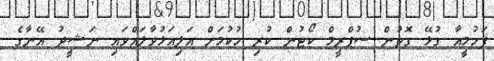
ފަހުމީއާ ގުޅޭ ގޮތުން ސުޕްރީމް ކޯޓުން ކުރި ހުކުމަށް އަލިއަޅުވާލައްވައި ނަޝީދު އޭނާގެ